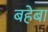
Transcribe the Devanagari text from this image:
बहेबा